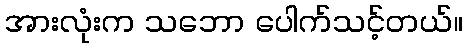
အားလုံးက သဘော ပေါက်သင့်တယ်။